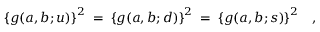
\left\{ g ( a , b ; u ) \right\} ^ { 2 } \; = \; \left\{ g ( a , b ; d ) \right\} ^ { 2 } \; = \; \left\{ g ( a , b ; s ) \right\} ^ { 2 } \; \; \; ,